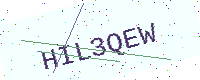
Text: HIL3QEW